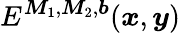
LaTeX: E^{\boldsymbol{M}_{1},\boldsymbol{M}_{2},\boldsymbol{b}}(\boldsymbol{x},\boldsymbol{y})